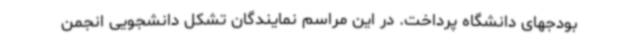
بودجهای دانشگاه پرداخت. در این مراسم نمایندگان تشکل دانشجویی انجمن